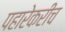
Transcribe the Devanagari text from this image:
पहारेकरीच